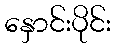
နှောင်းပိုင်း